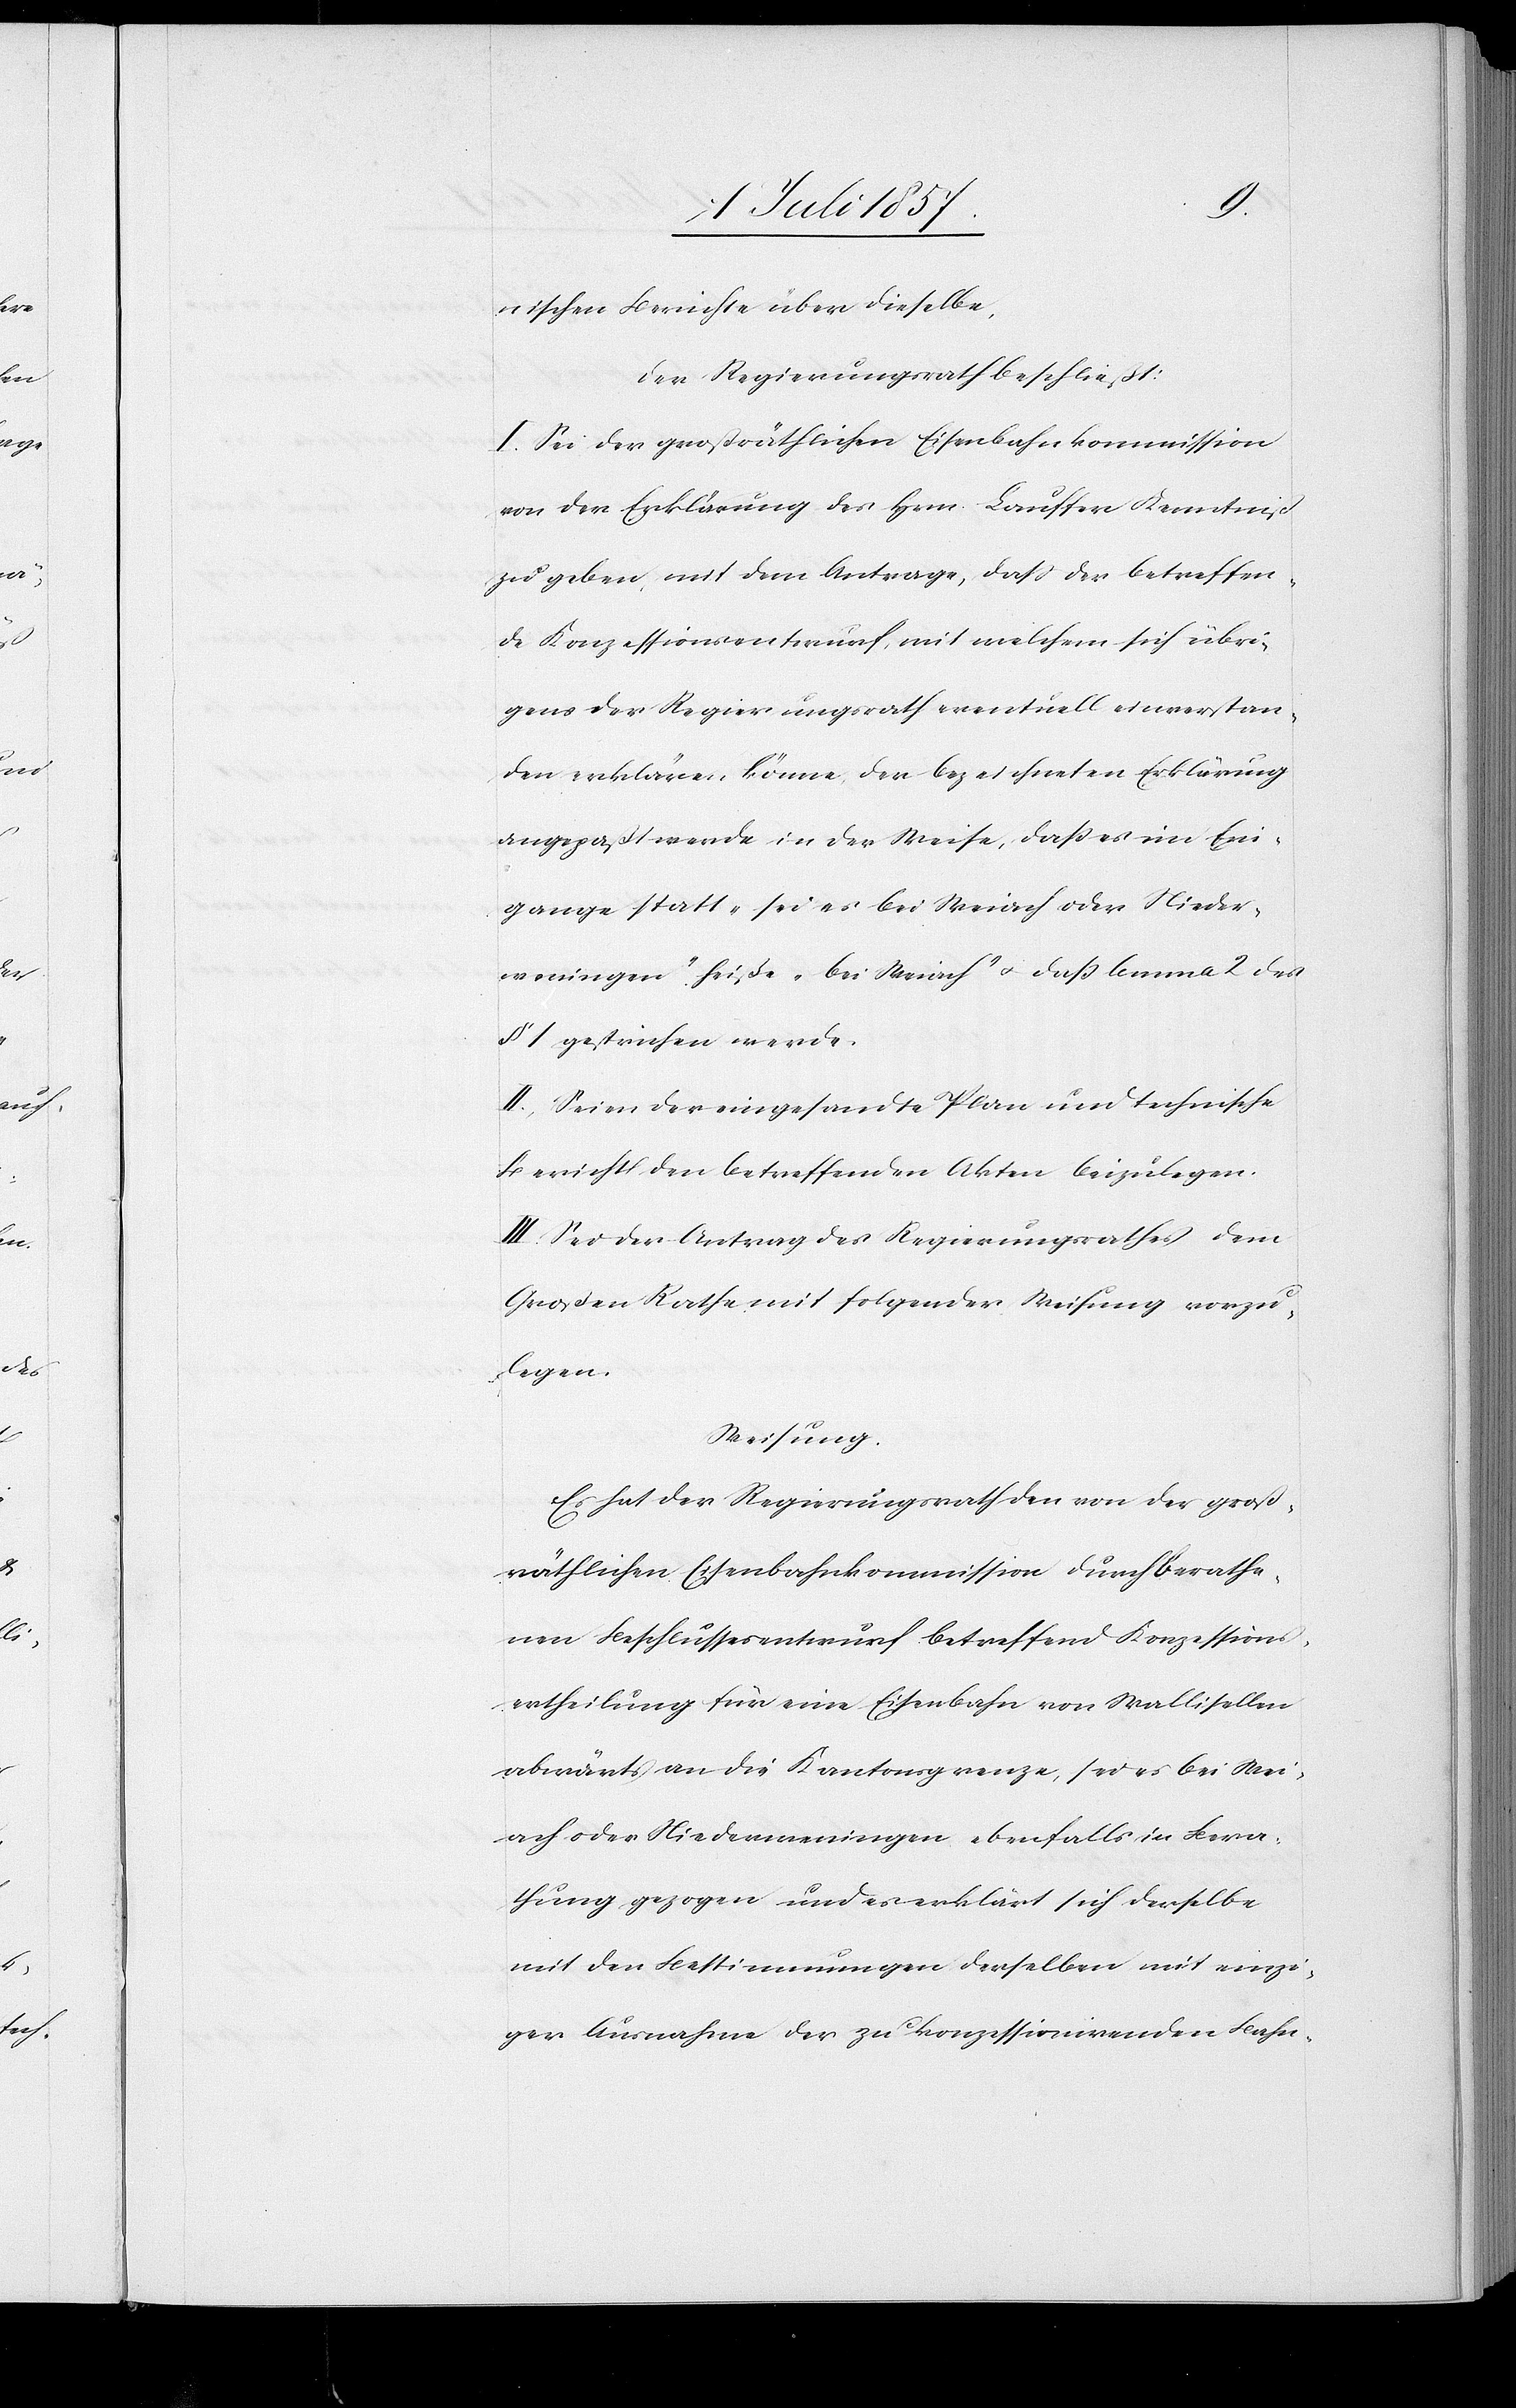
nischen Berichte über dieselbe.
Der Regierungsrath beschließt:
I. Sei der großräthlichen Eisenbahnkommission
von der Erklärung des Hrn. Lauffer Kenntniß
zu geben, mit dem Antrage, daß der betreffen¬
de Konzessionsentwurf, mit welchem sich übri¬
gens der Regierungsrath eventuell einverstan¬
den erklären könne, der bezeichneten Erklärung
angepaßt werde in der Weise, daß es im Ein¬
gange statt „sei es bei Weiach oder Nieder¬
weningen“ heiße „bei Weiach“ & daß lemma 2 des
§ 1 gestrichen werde.
II. Seien der eingesandte Plan und technische
Bericht den betreffenden Akten beizulegen.
III. Sei der Antrag des Regierungsrathes dem
Großen Rathe mit folgender Weisung vorzu¬
legen.
Weisung.
Es hat der Regierungsrath den von der groß¬
räthlichen Eisenbahnkommission durch berathe¬
nen Beschlussesentwurf betreffend Konzessions¬
ertheilung für eine Eisenbahn von Wallisellen
abwärts an die Kantonsgrenze, sei es bei Wei¬
ach oder Niederweningen ebenfalls in Bera¬
thung gezogen und erklärt sich derselbe
mit den Bestimmungen derselben mit einzi¬
ger Ausnahme der zu konzessionirenden Bahn-